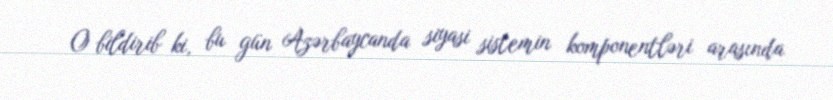
O bildirib ki, bu gün Azərbaycanda siyasi sistemin komponentləri arasında